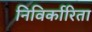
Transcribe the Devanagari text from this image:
निविर्कारिता